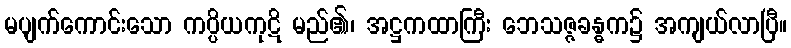
မပျက်ကောင်းသော ကပ္ပိယကုဋိ မည်၏၊ အဋ္ဌကထာကြီး ဘေသဇ္ဇခန္ဓက၌ အကျယ်လာပြီ။